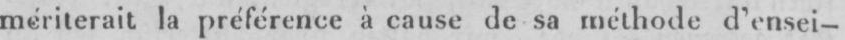
mériterait la préférence à cause de sa méthode d’ensei-